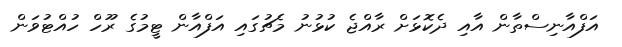
އަފްއާނިސްތާން އާއި ދެކޮޅަށް ރާއްޖެ ކުޅުނު މެޗުގައި އަފްއާން ޓީމުގެ ރޫހް ހުއްޓުވަން